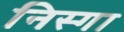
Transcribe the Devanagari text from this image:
निस्गा